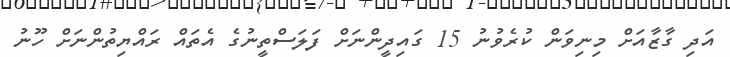
އަދި ގާޒާއަށް މިނިވަން ކުރެވުނު 15 ގައިދީންނަށް ފަލަސްތީނުގެ އެތައް ރައްޔިތުންނަށް ހޫނު